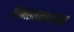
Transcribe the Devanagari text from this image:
श्रीकोसलेन्द्रभगवंस्तव